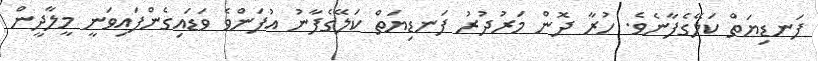
ފަނޑިޔަތް ކަލޭގެފާނެވެ. ހުރާ ދޮން މަރުދުރު ފަނޑިޔަތް ކަލޭގެފާނު އުފަންވެ ވަޑައިގެންފައިވަނީ މީލާދީން